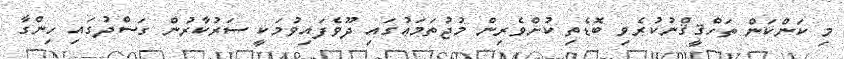
މި ކަންކަން ތަހްޤީޤްނުކުރެވި ބޮޑެތި ކުށްވެރިން މުޖުތަމަޢުގައި ދޫވެފައިވުމަކީ ސަރުކާރުން ގަސްދުގައި ހިންގާ